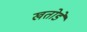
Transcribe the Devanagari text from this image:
खतोडे